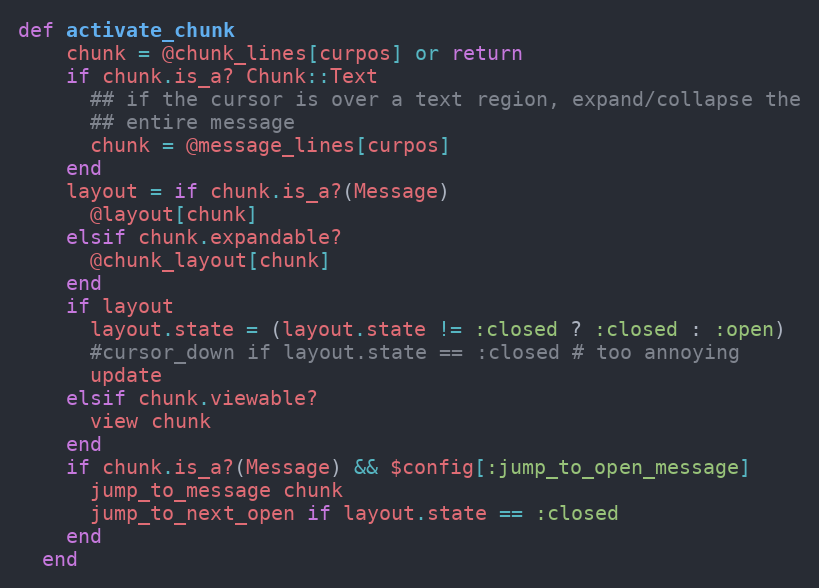
Language: Ruby
def activate_chunk
    chunk = @chunk_lines[curpos] or return
    if chunk.is_a? Chunk::Text
      ## if the cursor is over a text region, expand/collapse the
      ## entire message
      chunk = @message_lines[curpos]
    end
    layout = if chunk.is_a?(Message)
      @layout[chunk]
    elsif chunk.expandable?
      @chunk_layout[chunk]
    end
    if layout
      layout.state = (layout.state != :closed ? :closed : :open)
      #cursor_down if layout.state == :closed # too annoying
      update
    elsif chunk.viewable?
      view chunk
    end
    if chunk.is_a?(Message) && $config[:jump_to_open_message]
      jump_to_message chunk
      jump_to_next_open if layout.state == :closed
    end
  end